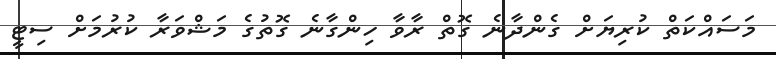
މަސައްކަތް ކުރިޔަށް ގެންދާނެ ގޮތް ރާވާ ހިންގާނެ ގޮތުގެ މަޝްވަރާ ކުރުމަށް ސިޓީ